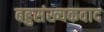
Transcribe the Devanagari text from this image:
बहुसंख्यकवाद